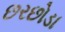
છરછોડા